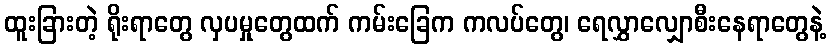
ထူးခြားတဲ့ ရိုးရာတွေ လှပမှုတွေထက် ကမ်းခြေက ကလပ်တွေ၊ ရေလွှာလျှောစီးနေရာတွေနဲ့